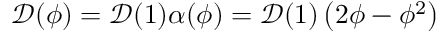
\mathcal { D } ( \phi ) = \mathcal { D } ( 1 ) \alpha ( \phi ) = \mathcal { D } ( 1 ) \left( 2 \phi - \phi ^ { 2 } \right)